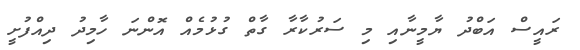
ރައީސް އަބްދު ޔާމީނާއި މި ސަރުކާރާ ގާތް ގުޅުމެއް އޮންނަ ހާމިދު ދިއްފުށީ